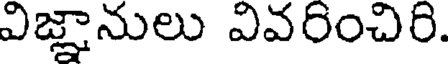
విజ్ఞానులు వివరించిరి.